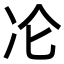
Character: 㓆